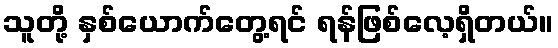
သူတို့ နှစ်ယောက်တွေ့ရင် ရန်ဖြစ်လေ့ရှိတယ်။